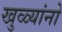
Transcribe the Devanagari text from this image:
खुळ्यांनो